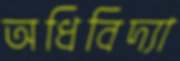
অধিবিদ্যা